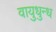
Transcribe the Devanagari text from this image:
वायुधुन्ध